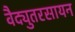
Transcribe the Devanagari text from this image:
वैद्युतरसायन